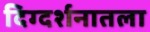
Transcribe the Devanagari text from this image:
दिग्दर्शनातला